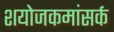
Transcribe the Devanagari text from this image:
शयोजकमांसर्क